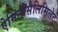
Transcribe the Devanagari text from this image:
ऐमिनोसैलिसिलेट